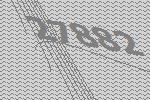
27882